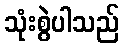
သုံးစွဲပါသည်